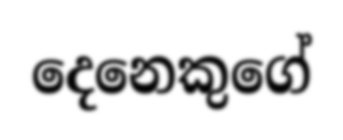
දෙනෙකුගේ